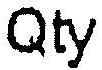
QTY